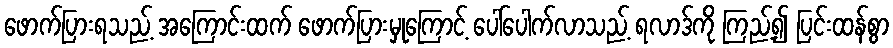
ဖောက်ပြားရသည့် အကြောင်းထက် ဖောက်ပြားမှုကြောင့် ပေါ်ပေါက်လာသည့် ရလာဒ်ကို ကြည့်၍ ပြင်းထန်စွာ